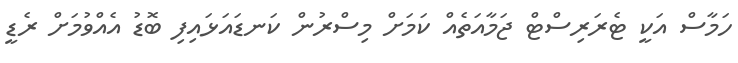
ހަމާސް އަކީ ޓެރަރިސްޓް ޖަމާއަތެއް ކަމަށް މިސްރުން ކަނޑައަޅައިފި ބޮޑު އެއްވުމަށް ރެޑީ